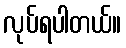
လုပ်ရပါတယ်။